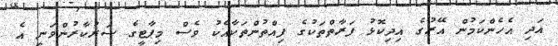
އަދި އެހެންކަމުން އޭރުގެ އިދިކޮޅު ފަރާތްތަކުގެ ފިއްތުންތަކާއެކު ވެސް މިޕާޓީގެ ސަރުކާރުންވަނީ އެ